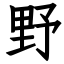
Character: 野